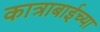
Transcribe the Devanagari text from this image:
कात्राबाईच्या